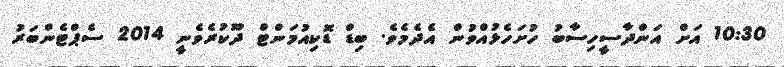
10:30 އަށް އަންދާސީހިސާބު ހުށަހެޅުއްވުން އެދެމެވެ. ބިޑް ޑޮކިއުމަންޓް ދޫކުރެވެނީ 2014 ސެޕްޓެންބަރު